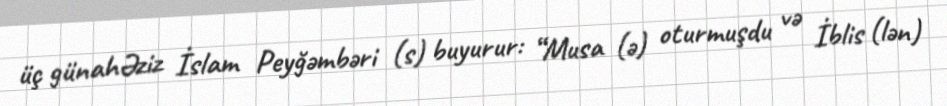
üç günahƏziz İslam Peyğəmbəri (s) buyurur: “Musa (ə) oturmuşdu və İblis (lən)